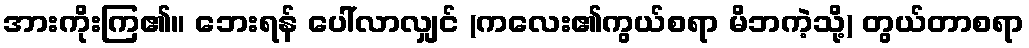
အားကိုးကြ၏။ ဘေးရန် ပေါ်လာလျှင် (ကလေး၏ကွယ်စရာ မိဘကဲ့သို့) တွယ်တာစရာ